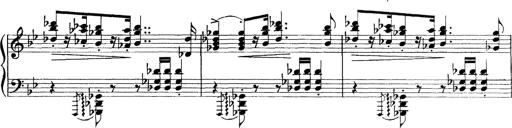
Title: Scherzo und Marsch
Composer: Franz Liszt